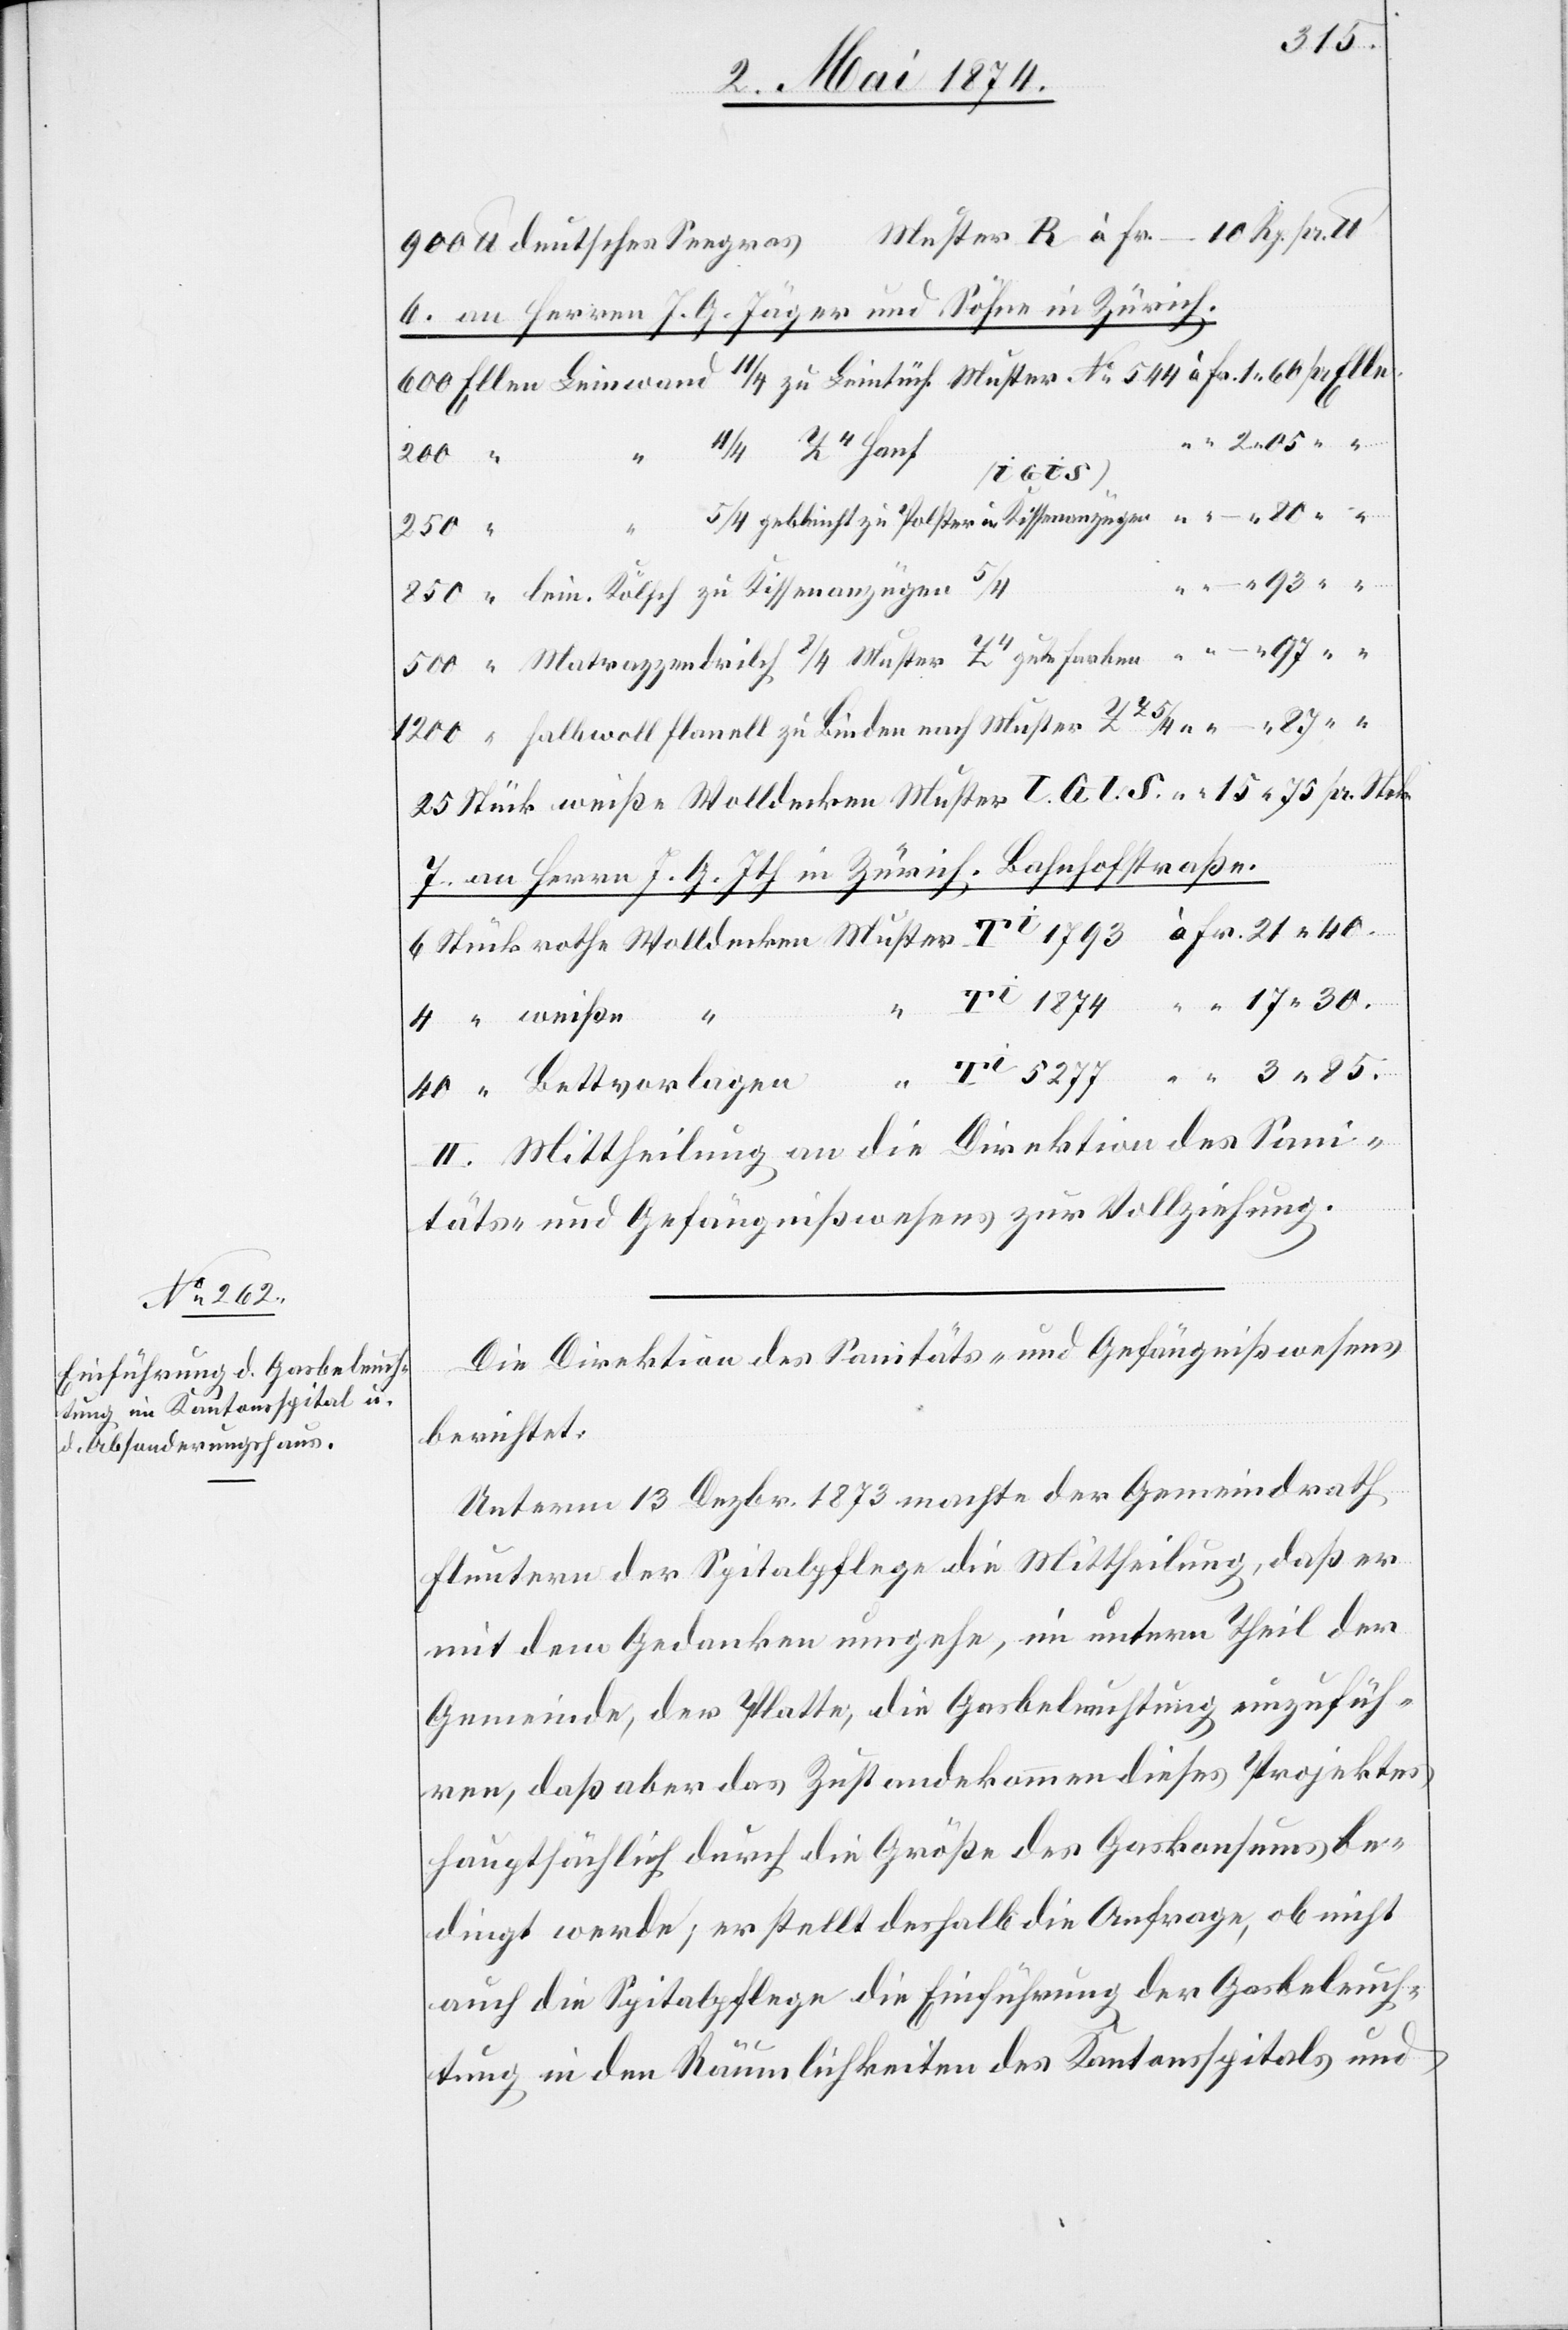
85.
deutsches Seegras
6. an Herren J. G. Jäger und Söhne in Zürich.
500
1200
7. an Herrn J. G. Ith in Zürich. Bahnhofstraße.
Bettvorlagen
II. Mittheilung an die Direktion des Sani¬
täts- und Gefängnißwesens zur Vollziehung.
Die Direktion des Sanitäts- und Gefängnißwesens
berichtet:
Unterm 13. Dezbr. 1873 machte der Gemeindrath
Fluntern der Spitalpflege die Mittheilung, daß er
mit dem Gedanken umgehe, im untern Theil der
Gemeinde, der Platte, die Gasbeleuchtung einzufüh¬
ren, daß aber das Zustandekommen dieses Projektes
hauptsächlich durch die Größe der Gaskonsums be¬
dingt werde; er stellt deshalb die Anfrage, ob nicht
auch die Spitalpflege die Einführung der Gasbeleuch¬
tung in den Räumlichkeiten des Kantonsspitals und